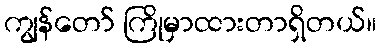
ကျွန်တော် ကြိုမှာထားတာရှိတယ်။